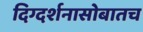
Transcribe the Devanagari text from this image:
दिग्दर्शनासोबातच